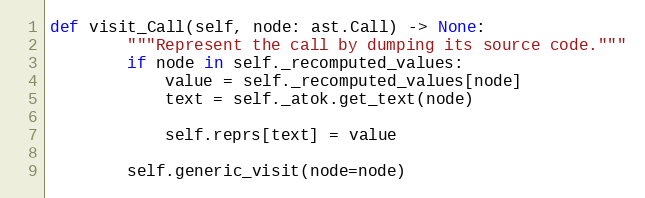
Language: Python
def visit_Call(self, node: ast.Call) -> None:
        """Represent the call by dumping its source code."""
        if node in self._recomputed_values:
            value = self._recomputed_values[node]
            text = self._atok.get_text(node)

            self.reprs[text] = value

        self.generic_visit(node=node)